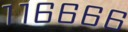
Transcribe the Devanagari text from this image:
११६६६६